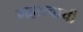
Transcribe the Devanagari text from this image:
महत्त्चाची